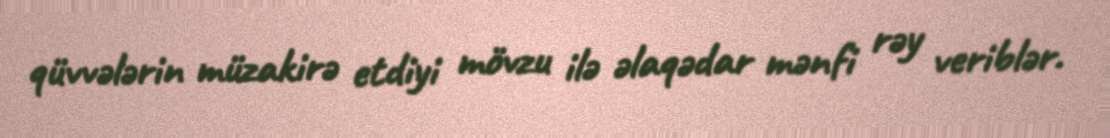
qüvvələrin müzakirə etdiyi mövzu ilə əlaqədar mənfi rəy veriblər.